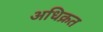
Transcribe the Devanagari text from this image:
अधिक्रत